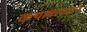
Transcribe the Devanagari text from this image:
कथाकथनाने